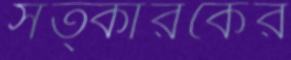
সত্কারকের